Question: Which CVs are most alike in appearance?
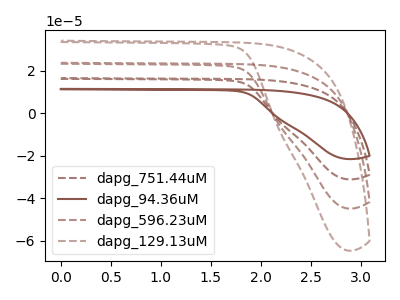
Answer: <think>The brown dashed curve "dapg_751.44uM" has no peaks. The brown curve "dapg_94.36uM" has no peaks. The brown dashed curve "dapg_596.23uM" has no peaks. The brown dashed curve "dapg_129.13uM" has no peaks.
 Neither "dapg_751.44uM" or "dapg_94.36uM" have any peaks. Neither "dapg_751.44uM" or "dapg_596.23uM" have any peaks. Neither "dapg_751.44uM" or "dapg_129.13uM" have any peaks. Neither "dapg_94.36uM" or "dapg_596.23uM" have any peaks. Neither "dapg_94.36uM" or "dapg_129.13uM" have any peaks. Neither "dapg_596.23uM" or "dapg_129.13uM" have any peaks.</think>
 <answer>"dapg_94.36uM", "dapg_751.44uM", "dapg_596.23uM" and "dapg_129.13uM" have the same shape and are likely CV's of the same chemical.</answer>
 <eval>"dapg_94.36uM" "dapg_751.44uM" "dapg_596.23uM" "dapg_129.13uM"</eval>